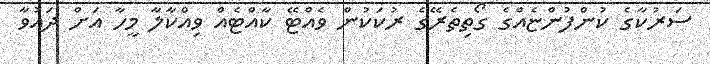
ސަރުކާގެ ކުންފުންޏެއްގެ ގޯތިތެރޭގެ ރުކަކުން ވެއްޓޭ ކާއްޓެއް ވިއްކާލާ މީހާ އަށް ދައުވާ